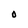
Character: O